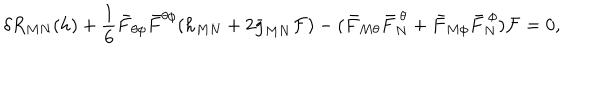
\delta R _ { M N } ( h ) + { \frac { 1 } { 6 } } \bar { F } _ { \theta \phi } \bar { F } ^ { \theta \phi } ( h _ { M N } + 2 \bar { g } _ { M N } { \cal F } ) - ( \bar { F } _ { M \theta } \bar { F } _ { N } ^ { ~ \theta } + \bar { F } _ { M \phi } \bar { F } _ { N } ^ { ~ \phi } ) { \cal F } = 0 ,